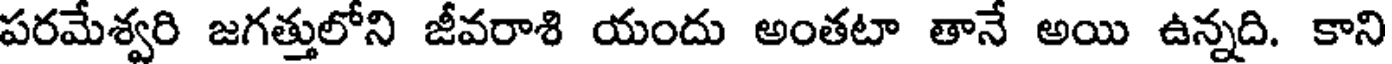
పరమేశ్వరి జగత్తులోని జీవరాశి యందు అంతటా తానే అయి ఉన్నది. కాని